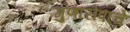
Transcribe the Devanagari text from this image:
गुणारोपांचे